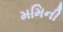
મમિની